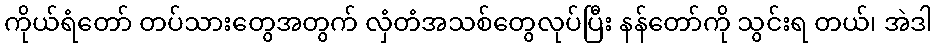
ကိုယ်ရံတော် တပ်သားတွေအတွက် လှံတံအသစ်တွေလုပ်ပြီး နန်တော်ကို သွင်းရ တယ်၊ အဲဒါ